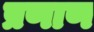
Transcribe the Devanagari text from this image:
प्रणाण